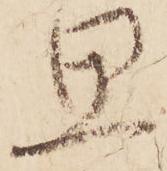
思